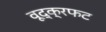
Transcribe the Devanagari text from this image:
वूद्क्रफट